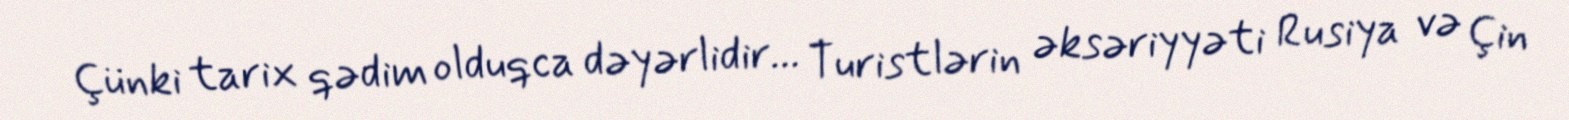
Çünki tarix qədim olduqca dəyərlidir... Turistlərin əksəriyyəti Rusiya və Çin